Annual administration report of the Bombay Presidency - 1887-1892
Year: 1887
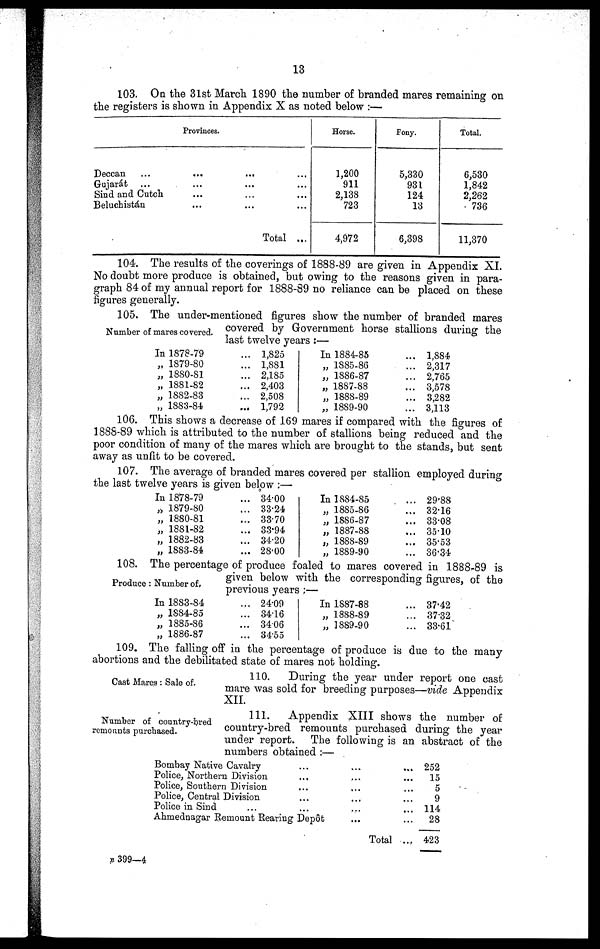
13
103. On the 31st March 1890 the number of branded mares remaining on
the registers is shown in Appendix X as noted below:—
Provinces.
Deccan ... ... ... ...
Gujarát
...
...
...
...
Sind and Cutch
...
...
...
...
Beluchistán
...
...
...
...
Total
...
Horse.
1,200
911
2,138
723
4,972
Pony.
5,330
931
124
13
6,398
Total.
6,530
1,842
2,262
736
11,370
104. The results of the coverings of 1888-89 are given in Appendix XI.
No doubt more produce is obtained, but owing to the reasons given in para-
graph 84 of my annual report for 1888-89 no reliance can be placed on these
figures generally.
Number of mares covered.
105. The under-mentioned figures show the number of branded mares
covered by Government horse stallions during the
last twelve years:—
In 1878-79...
„ 1879-80
...
„ 1880-81
...
„ 1881-82
...
„ 1882-83
...
„ 1883-84
...
1,825
1,881
2,185
2,403
2,508
1,792
In 1884-85
...
„ 1885-86 ...
„ 1886-87
...
„ 1887-88
...
„ 1888-89
...
„ 1889-90
...
1,884
2,317
2,765
3,578
3,282
3,113
106. This shows a decrease of 169 mares if compared with the figures of
1888-89 which is attributed to the number of stallions being reduced and the
poor condition of many of the mares which are brought to the stands, but sent
away as unfit to be covered.
107. The average of branded mares covered per stallion employed during
the last twelve years is given below:—
In 1878-79
...
„ 1879-80
...
„ 1880-81
...
„ 1881-82
...
„ 1882-83
...
„ 1883-84
...
34.00
33.24
33.70
33.94
34.20
28.00
In
1884-85 ...
„ 1885-86
...
„ 1886-87
...
„ 1887-88
...
„ 1888-89
...
„ 1889-90
...
29.88
32.16
33.08
35.10
35.53
36.34
Produce: Number of,
108. The percentage of produce foaled to mares covered in 1888-89 is
given below with the corresponding figures, of the
previous years;—
In 1883-84
...
„ 1884-85
...
„ 1885-86
...
„ 1886-87
...
24.09
34.16
3406
34.55
In 1887-88
...
„ 1888-89
...
„ 1889-90
...
37.42
37.32
33.61
109. The falling off in the percentage of produce is due to the many
abortions and the debilitated state of mares not holding.
Cast Mares: Sale of.
110. During the year under report one cast
mare was sold for breeding purposes—vide Appendix
XII.
Number of country-bred
remounts purchased.
111.
Appendix XIII shows the number of
country-bred remounts purchased during the year
under report. The following is an abstract of the
numbers obtained:—
Bombay Native Cavalry
...
...
Police, Northern Division
...
...
Police, Southern Division
... ...
Police, Central Division
... ...
Police in Sind
...
...
...
...
Ahmednagar Remount Rearing Depot
...
...
Total ...
252
15
5
9
114
28
423
B 399—4